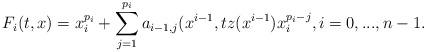
LaTeX: \begin{align*} F_i(t,x) = x_i^{p_i}+ \sum_{j=1}^{p_i} a_{i-1,j} (x^{i-1}, t z(x^{i-1} ) x_i^{p_i-j} , i=0, ... , n-1.\end{align*}